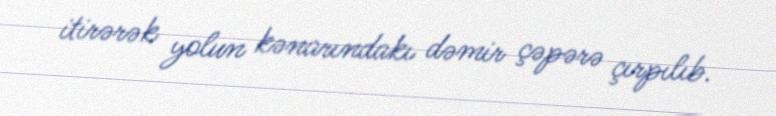
itirərək yolun kənarındakı dəmir çəpərə çırpılıb.